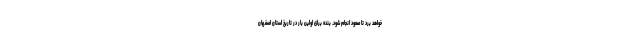
خواهد برد تا صعود انجام شود. بنده برای اولین بار در تاریخ استان اصفهان